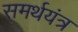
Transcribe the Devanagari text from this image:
समर्थयंत्र